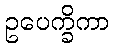
ဥပေက္ခိကာ